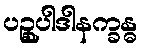
ပဉ္စုပါဒါနက္ခန္ဓ